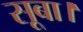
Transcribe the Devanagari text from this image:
सूबा।